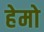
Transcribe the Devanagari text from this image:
हेमो